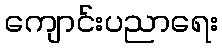
ကျောင်းပညာရေး